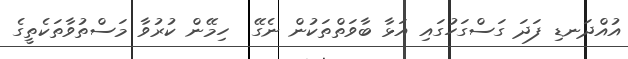
އުއްދަނޑި ފަދަ ގަސްގަހުގައި އަޅާ ބާވަތްތަކުން ނެގޭ  ހިމޭން ކުރުވާ މަސްތުވާތަކެތީގެ